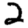
Digit: 2